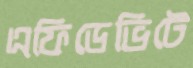
এফিডেভিটে